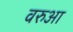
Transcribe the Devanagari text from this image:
वरुआ